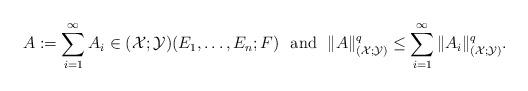
LaTeX: \begin{align*} A:=\sum\limits_{i=1}^\infty A_i \in (\mathcal{X};\mathcal{Y})(E_1,\ldots,E_n;F) {\rm ~~and~~} \|A\|_{(\mathcal{X};\mathcal{Y})}^q\le\sum\limits_{i=1}^\infty \|A_i\|_{(\mathcal{X};\mathcal{Y})}^q.\end{align*}